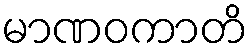
မာဏဝကာတိ